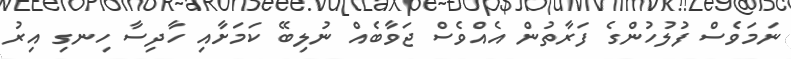
ނަމަވެސް ފުލުހުންގެ ފަރާތުން އެއްވެސް ޖަވާބެއް ނުލިބޭ ކަމަށާއި ހާދިސާ ހިނގި އިރު